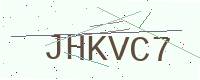
Text: JHKVC7